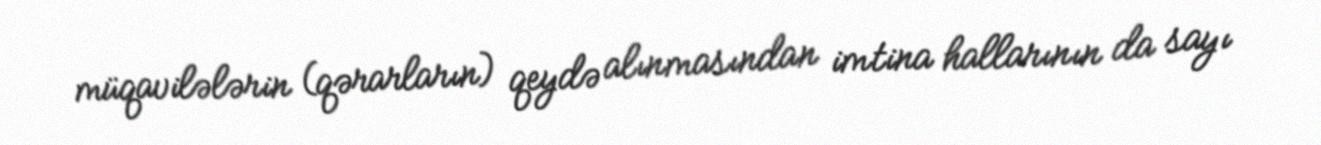
müqavilələrin (qərarların) qeydə alınmasından imtina hallarının da sayı